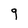
Character: 9